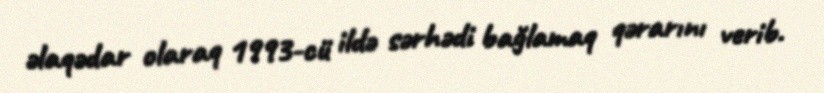
əlaqədar olaraq 1993-cü ildə sərhədi bağlamaq qərarını verib.